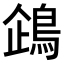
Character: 𬷏